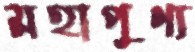
মহাপুণ্য